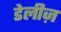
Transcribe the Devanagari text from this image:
डेलीज़